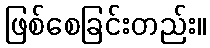
ဖြစ်စေခြင်းတည်း။